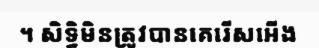
។ សិទ្ធិមិនត្រូវបានគេរើសអើង